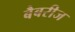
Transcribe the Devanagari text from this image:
बैबरीज